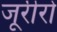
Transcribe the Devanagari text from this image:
जूरीरो